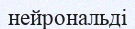
нейрональді